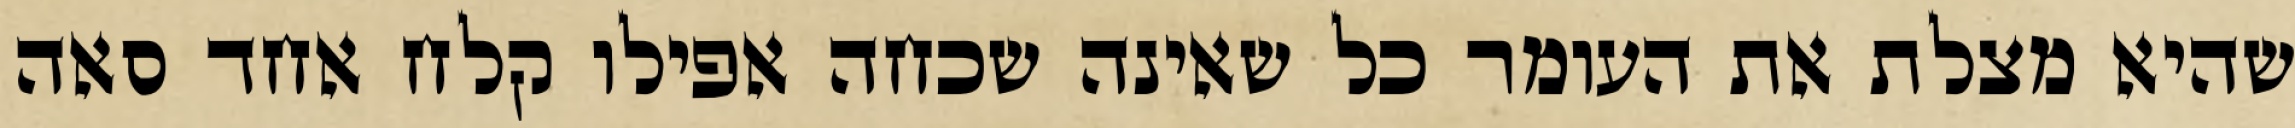
שהיא מצלת את העומר כל שאינה שכחה אפילו קלח אחד סאה